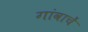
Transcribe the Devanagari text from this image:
गांवाचें